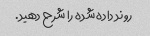
روند داده شده را شرح دهید.